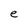
Character: e